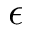
\epsilon